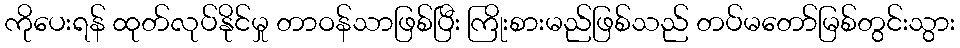
ကိုပေးရန် ထုတ်လုပ်နိုင်မှု တာဝန်သာဖြစ်ပြီး ကြိုးစားမည်ဖြစ်သည် တပ်မတော်မြစ်တွင်းသွား